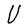
Character: U